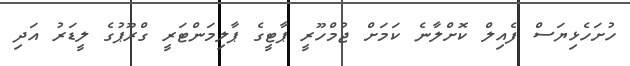
ހުށަހެޅިޔަސް ފެއިލް ކޮށްލާނެ ކަމަށް ޖުމްހޫރީ ޕާޓީގެ ޕާލިމަންޓަރީ ގްރޫޕުގެ ލީޑަރު އަދި